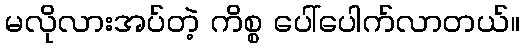
မလိုလားအပ်တဲ့ ကိစ္စ ပေါ်ပေါက်လာတယ်။